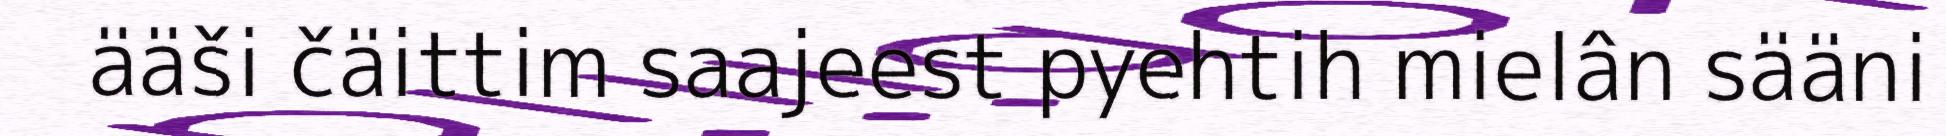
ääši čäittim saajeest pyehtih mielân sääni